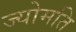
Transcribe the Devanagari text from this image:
ज्योमति